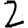
Digit: 2